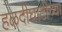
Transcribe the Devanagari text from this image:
हळदीघाटीच्या